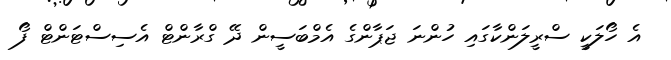
އެ ހޯލަކީ ސްރީލަންކާގައި ހުންނަ ޖަޕާންގެ އެމްބަސީން ދޭ ގްރާންޓް އެސިސްޓަންޓް ފޯ